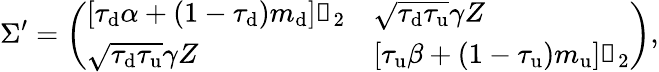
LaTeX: \Sigma^{\prime}=\left(\begin{array}{ll}{\left[\tau_{\mathrm{d}}\alpha+(1-\tau_{\mathrm{d}})m_{\mathrm{d}}\right]\mathbb{1}_{2}}&{\sqrt{\tau_{\mathrm{d}}\tau_{\mathrm{u}}}\gamma Z}\\ {\sqrt{\tau_{\mathrm{d}}\tau_{\mathrm{u}}}\gamma Z}&{\left[\tau_{\mathrm{u}}\beta+\left(1-\tau_{\mathrm{u}}\right)m_{\mathrm{u}}\right]\mathbb{1}_{2}}\end{array}\right),